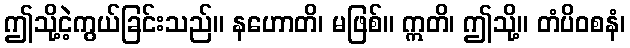
ဤသို့ငဲ့ကွယ်ခြင်းသည်။ နဟောတိ၊ မဖြစ်။ ဣတိ၊ ဤသို့။ တံပိဝစနံ၊